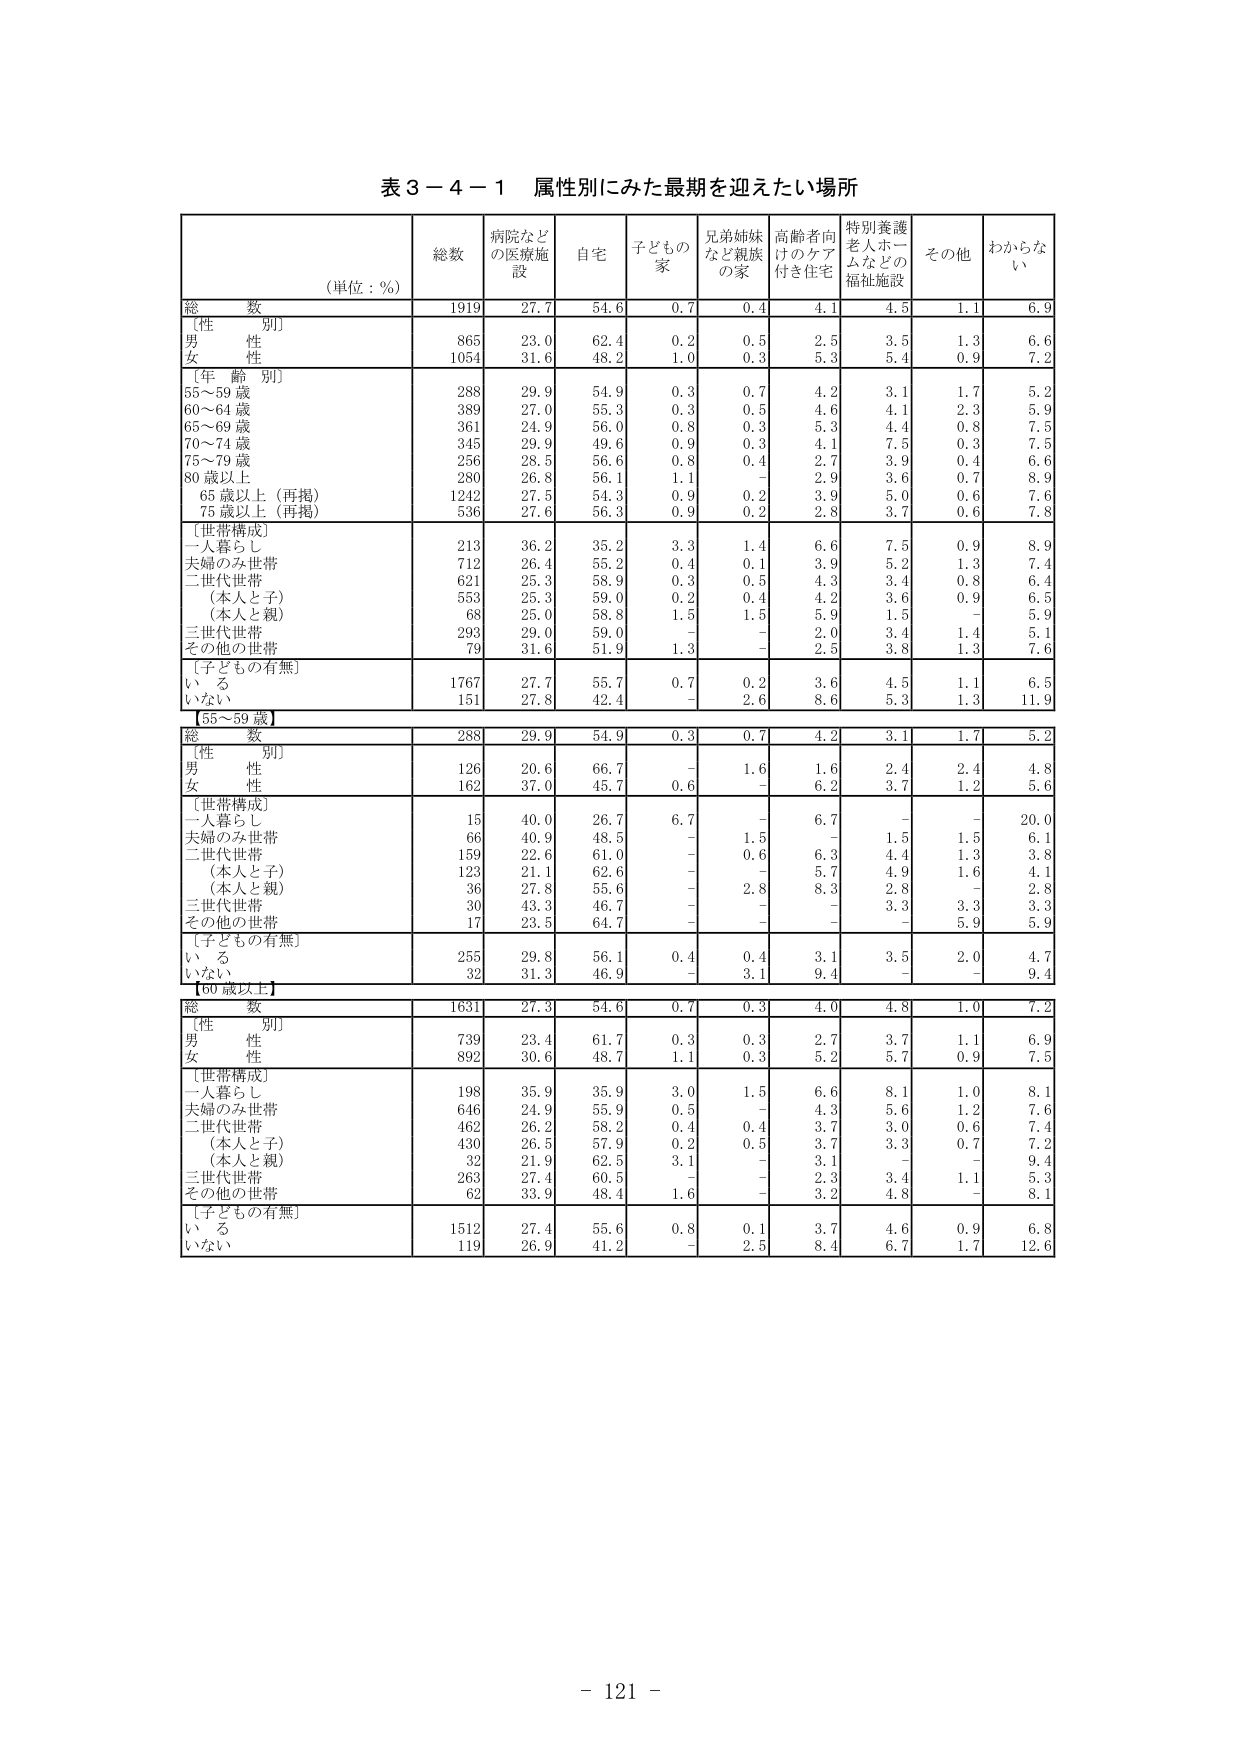
表３－４－１ 属性別にみた最期を迎えたい場所

（単位：％）

総数 病院など の医療施 設 自宅 子どもの 家 兄弟姉妹 など親族 の家 高齢者向 けのケア 付き住宅 特別養護 老人ホーム などの 福祉施設 その他 わからない

総 数 1919 27.7 54.6 0.7 0.4 4.1 4.5 1.1 6.9

〔性 別〕
男 性 865 23.0 62.4 0.2 0.5 2.5 3.5 1.3 6.6
女 性 1054 31.6 48.2 1.0 0.3 5.3 5.4 0.9 7.2

〔年 齢 別〕
55～59 歳 288 29.9 54.9 0.3 0.7 4.2 3.1 1.7 5.2
60～64 歳 389 27.0 55.3 0.3 0.5 4.6 4.1 2.3 5.9
65～69 歳 361 24.9 56.0 0.8 0.3 5.3 4.4 0.8 7.5
70～74 歳 345 29.9 49.6 0.9 0.3 4.1 7.5 0.3 7.5
75～79 歳 256 28.5 56.6 0.8 0.4 2.7 3.9 0.4 6.6
80 歳以上 280 26.8 56.1 1.1 － 2.9 3.6 0.7 8.9
65 歳以上（再掲） 1242 27.5 54.3 0.9 0.2 3.9 5.0 0.6 7.6
75 歳以上（再掲） 536 27.6 56.3 0.9 0.2 2.8 3.7 0.6 7.8

〔世帯構成〕
一人暮らし 213 36.2 35.2 3.3 1.4 6.6 7.5 0.9 8.9
夫婦のみ世帯 712 26.4 55.2 0.4 0.1 3.9 5.2 1.3 7.4
二世代世帯 621 25.3 58.9 0.3 0.5 4.3 3.4 0.8 6.4
（本人と子） 553 25.3 59.0 0.2 0.4 4.2 3.6 0.9 6.5
（本人と親） 68 25.0 58.8 1.5 1.5 5.9 1.5 － 5.9
三世代世帯 293 29.0 59.0 － － 2.0 3.4 1.4 5.1
その他の世帯 79 31.6 51.9 1.3 － 2.5 3.8 1.3 7.6

〔子どもの有無〕
いる 1767 27.7 55.7 0.7 0.2 3.6 4.5 1.1 6.5
いない 151 27.8 42.4 － 2.6 8.6 5.3 1.3 11.9

【55～59 歳】

総 数 288 29.9 54.9 0.3 0.7 4.2 3.1 1.7 5.2

〔性 別〕
男 性 126 20.6 66.7 － 1.6 1.6 2.4 2.4 4.8
女 性 162 37.0 45.7 0.6 － 6.2 3.7 1.2 5.6

〔世帯構成〕
一人暮らし 15 40.0 26.7 6.7 － 6.7 － － 20.0
夫婦のみ世帯 66 40.9 48.5 － 1.5 － 1.5 1.5 6.1
二世代世帯 159 22.6 61.0 － 0.6 6.3 4.4 1.3 3.8
（本人と子） 123 21.1 62.6 － － 5.7 4.9 1.6 4.1
（本人と親） 36 27.8 55.6 － 2.8 8.3 2.8 － 2.8
三世代世帯 30 43.3 46.7 － － － 3.3 3.3 3.3
その他の世帯 17 23.5 64.7 － － － － 5.9 5.9

〔子どもの有無〕
いる 255 29.8 56.1 0.4 0.4 3.1 3.5 2.0 4.7
いない 32 31.3 46.9 － 3.1 9.4 － － 9.4

【60 歳以上】

総 数 1631 27.3 54.6 0.7 0.3 4.0 4.8 1.0 7.2

〔性 別〕
男 性 739 23.4 61.7 0.3 0.3 2.7 3.7 1.1 6.9
女 性 892 30.6 48.7 1.1 0.3 5.2 5.7 0.9 7.5

〔世帯構成〕
一人暮らし 198 35.9 35.9 3.0 1.5 6.6 8.1 1.0 8.1
夫婦のみ世帯 646 24.9 55.9 0.5 － 4.3 5.6 1.2 7.6
二世代世帯 462 26.2 58.2 0.4 0.4 3.7 3.0 0.6 7.4
（本人と子） 430 26.5 57.9 0.2 0.5 3.7 3.3 0.7 7.2
（本人と親） 32 21.9 62.5 3.1 － 3.1 － － 9.4
三世代世帯 263 27.4 60.5 － － 2.3 3.4 1.1 5.3
その他の世帯 62 33.9 48.4 1.6 － 3.2 4.8 － 8.1

〔子どもの有無〕
いる 1512 27.4 55.6 0.8 0.1 3.7 4.6 0.9 6.8
いない 119 26.9 41.2 － 2.5 8.4 6.7 1.7 12.6

- 121 -